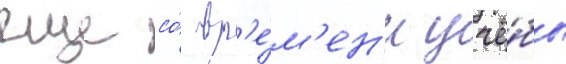
еще со́ вр'е́м'ен'и учё́бы